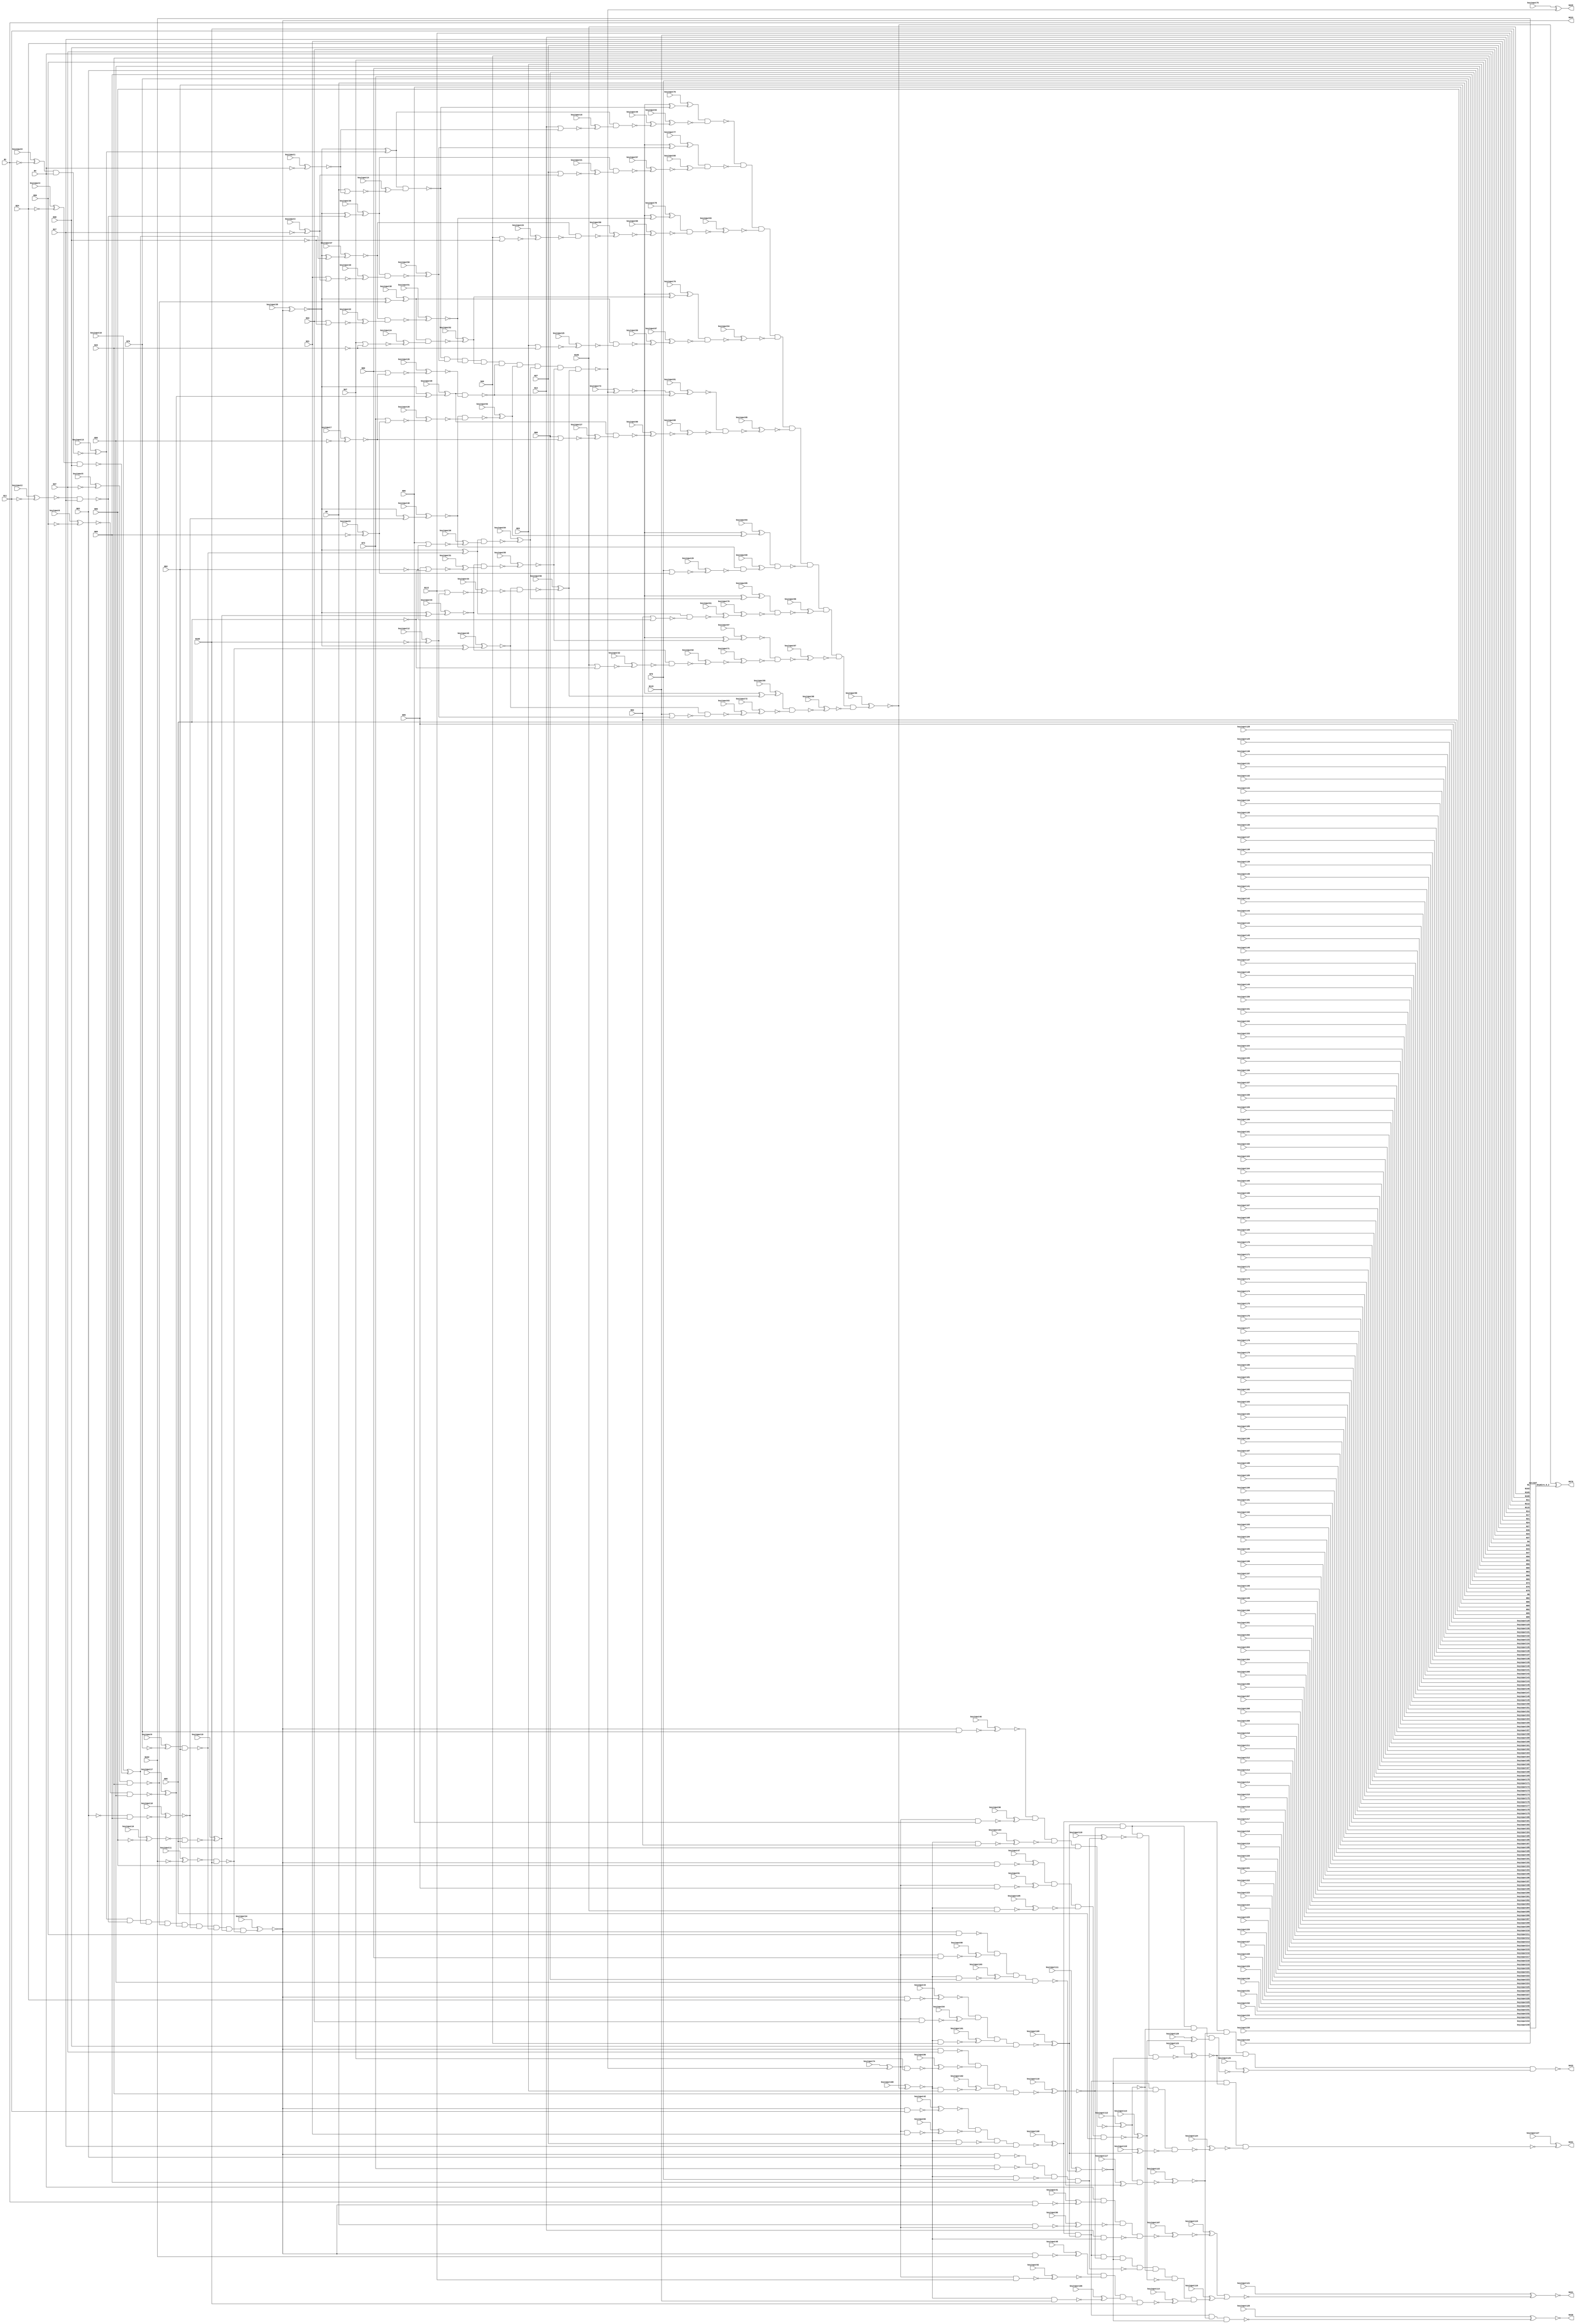
`timescale 1ns / 1ps
// Verilog
// c432
// Ninputs 36
// Noutputs 7
// NtotalGates 160
// NOT1 40
// NAND2 64
// NOR2 19
// AND9 3
// XOR2 18
// NAND4 14
// AND8 1
// NAND3 1

module top (N1,N4,N8,N11,N14,N17,N21,N24,N27,N30,
             N34,N37,N40,N43,N47,N50,N53,N56,N60,N63,
             N66,N69,N73,N76,N79,N82,N86,N89,N92,N95,
             N99,N102,N105,N108,N112,N115,N223,N329,N370,N421,
                  N430,N431,N432,
        keyinput0, keyinput1, keyinput2, keyinput3, keyinput4,
        keyinput5, keyinput6, keyinput7, keyinput8, keyinput9,
        keyinput10, keyinput11, keyinput12, keyinput13, keyinput14,
        keyinput15, keyinput16, keyinput17, keyinput18, keyinput19,
        keyinput20, keyinput21, keyinput22, keyinput23, keyinput24,
        keyinput25, keyinput26, keyinput27, keyinput28, keyinput29,
        keyinput30, keyinput31, keyinput32, keyinput33, keyinput34,
        keyinput35, keyinput36, keyinput37, keyinput38, keyinput39,
        keyinput40, keyinput41, keyinput42, keyinput43, keyinput44,
        keyinput45, keyinput46, keyinput47, keyinput48, keyinput49,
        keyinput50, keyinput51, keyinput52, keyinput53, keyinput54,
        keyinput55, keyinput56, keyinput57, keyinput58, keyinput59,
        keyinput60, keyinput61, keyinput62, keyinput63, keyinput64,
        keyinput65, keyinput66, keyinput67, keyinput68, keyinput69,
        keyinput70, keyinput71, keyinput72, keyinput73, keyinput74,
        keyinput75, keyinput76, keyinput77, keyinput78, keyinput79,
        keyinput80, keyinput81, keyinput82, keyinput83, keyinput84,
        keyinput85, keyinput86, keyinput87, keyinput88, keyinput89,
        keyinput90, keyinput91, keyinput92, keyinput93, keyinput94,
        keyinput95, keyinput96, keyinput97, keyinput98, keyinput99,
        keyinput100, keyinput101, keyinput102, keyinput103, keyinput104,
        keyinput105, keyinput106, keyinput107, keyinput108, keyinput109,
        keyinput110, keyinput111, keyinput112, keyinput113, keyinput114,
        keyinput115, keyinput116, keyinput117, keyinput118, keyinput119,
        keyinput120, keyinput121, keyinput122, keyinput123, keyinput124,
                  keyinput125, keyinput126, keyinput127,
        keyinput128, keyinput129, keyinput130, keyinput131, keyinput132,
        keyinput133, keyinput134, keyinput135, keyinput136, keyinput137,
        keyinput138, keyinput139, keyinput140, keyinput141, keyinput142,
        keyinput143, keyinput144, keyinput145, keyinput146, keyinput147,
        keyinput148, keyinput149, keyinput150, keyinput151, keyinput152,
        keyinput153, keyinput154, keyinput155, keyinput156, keyinput157,
        keyinput158, keyinput159, keyinput160, keyinput161, keyinput162,
        keyinput163, keyinput164, keyinput165, keyinput166, keyinput167,
        keyinput168, keyinput169, keyinput170, keyinput171, keyinput172,
        keyinput173, keyinput174, keyinput175, keyinput176, keyinput177,
        keyinput178, keyinput179, keyinput180, keyinput181, keyinput182,
        keyinput183, keyinput184, keyinput185, keyinput186, keyinput187,
        keyinput188, keyinput189, keyinput190, keyinput191, keyinput192,
        keyinput193, keyinput194, keyinput195, keyinput196, keyinput197,
                  keyinput198, keyinput199,
        keyinput200, keyinput201, keyinput202, keyinput203, keyinput204,
        keyinput205, keyinput206, keyinput207, keyinput208, keyinput209,
        keyinput210, keyinput211, keyinput212, keyinput213, keyinput214,
        keyinput215, keyinput216, keyinput217, keyinput218, keyinput219,
        keyinput220, keyinput221, keyinput222, keyinput223, keyinput224,
        keyinput225, keyinput226, keyinput227, keyinput228, keyinput229,
        keyinput230, keyinput231, keyinput232, keyinput233, keyinput234,
        keyinput235);

  input keyinput200, keyinput201, keyinput202, keyinput203, keyinput204;
  input keyinput205, keyinput206, keyinput207, keyinput208, keyinput209;
  input keyinput210, keyinput211, keyinput212, keyinput213, keyinput214;
  input keyinput215, keyinput216, keyinput217, keyinput218, keyinput219;
  input keyinput220, keyinput221, keyinput222, keyinput223, keyinput224;
  input keyinput225, keyinput226, keyinput227, keyinput228, keyinput229;
  input keyinput230, keyinput231, keyinput232, keyinput233, keyinput234;
  input keyinput235;


  input keyinput128, keyinput129, keyinput130, keyinput131, keyinput132;
  input keyinput133, keyinput134, keyinput135, keyinput136, keyinput137;
  input keyinput138, keyinput139, keyinput140, keyinput141, keyinput142;
  input keyinput143, keyinput144, keyinput145, keyinput146, keyinput147;
  input keyinput148, keyinput149, keyinput150, keyinput151, keyinput152;
  input keyinput153, keyinput154, keyinput155, keyinput156, keyinput157;
  input keyinput158, keyinput159, keyinput160, keyinput161, keyinput162;
  input keyinput163, keyinput164, keyinput165, keyinput166, keyinput167;
  input keyinput168, keyinput169, keyinput170, keyinput171, keyinput172;
  input keyinput173, keyinput174, keyinput175, keyinput176, keyinput177;
  input keyinput178, keyinput179, keyinput180, keyinput181, keyinput182;
  input keyinput183, keyinput184, keyinput185, keyinput186, keyinput187;
  input keyinput188, keyinput189, keyinput190, keyinput191, keyinput192;
  input keyinput193, keyinput194, keyinput195, keyinput196, keyinput197;
  input keyinput198, keyinput199;

  wire KeyWire_0_1 , KeyWire_0_2;

  input keyinput0, keyinput1, keyinput2, keyinput3, keyinput4;
  input keyinput5, keyinput6, keyinput7, keyinput8, keyinput9;
  input keyinput10, keyinput11, keyinput12, keyinput13, keyinput14;
  input keyinput15, keyinput16, keyinput17, keyinput18, keyinput19;
  input keyinput20, keyinput21, keyinput22, keyinput23, keyinput24;
  input keyinput25, keyinput26, keyinput27, keyinput28, keyinput29;
  input keyinput30, keyinput31, keyinput32, keyinput33, keyinput34;
  input keyinput35, keyinput36, keyinput37, keyinput38, keyinput39;
  input keyinput40, keyinput41, keyinput42, keyinput43, keyinput44;
  input keyinput45, keyinput46, keyinput47, keyinput48, keyinput49;
  input keyinput50, keyinput51, keyinput52, keyinput53, keyinput54;
  input keyinput55, keyinput56, keyinput57, keyinput58, keyinput59;
  input keyinput60, keyinput61, keyinput62, keyinput63, keyinput64;
  input keyinput65, keyinput66, keyinput67, keyinput68, keyinput69;
  input keyinput70, keyinput71, keyinput72, keyinput73, keyinput74;
  input keyinput75, keyinput76, keyinput77, keyinput78, keyinput79;
  input keyinput80, keyinput81, keyinput82, keyinput83, keyinput84;
  input keyinput85, keyinput86, keyinput87, keyinput88, keyinput89;
  input keyinput90, keyinput91, keyinput92, keyinput93, keyinput94;
  input keyinput95, keyinput96, keyinput97, keyinput98, keyinput99;
  input keyinput100, keyinput101, keyinput102, keyinput103, keyinput104;
  input keyinput105, keyinput106, keyinput107, keyinput108, keyinput109;
  input keyinput110, keyinput111, keyinput112, keyinput113, keyinput114;
  input keyinput115, keyinput116, keyinput117, keyinput118, keyinput119;
  input keyinput120, keyinput121, keyinput122, keyinput123, keyinput124;
  input keyinput125, keyinput126, keyinput127;

  wire [0:127] keyinput_Wire_0;
  wire [0:66] KeyNOTWire_0;

input N1,N4,N8,N11,N14,N17,N21,N24,N27,N30,
      N34,N37,N40,N43,N47,N50,N53,N56,N60,N63,
      N66,N69,N73,N76,N79,N82,N86,N89,N92,N95,
      N99,N102,N105,N108,N112,N115;

output N223,N329,N370,N421,N430,N431,N432;

wire N118,N119,N122,N123,N126,N127,N130,N131,N134,N135,
     N138,N139,N142,N143,N146,N147,N150,N151,N154,N157,
     N158,N159,N162,N165,N168,N171,N174,N177,N180,N183,
     N184,N185,N186,N187,N188,N189,N190,N191,N192,N193,
     N194,N195,N196,N197,N198,N199,N203,N213,N224,N227,
     N230,N233,N236,N239,N242,N243,N246,N247,N250,N251,
     N254,N255,N256,N257,N258,N259,N260,N263,N264,N267,
     N270,N273,N276,N279,N282,N285,N288,N289,N290,N291,
     N292,N293,N294,N295,N296,N300,N301,N302,N303,N304,
     N305,N306,N307,N308,N309,N319,N330,N331,N332,N333,
     N334,N335,N336,N337,N338,N339,N340,N341,N342,N343,
     N344,N345,N346,N347,N348,N349,N350,N351,N352,N353,
     N354,N355,N356,N357,N360,N371,N372,N373,N374,N375,
     N376,N377,N378,N379,N380,N381,N386,N393,N399,N404,
     N407,N411,N414,N415,N416,N417,N418,N419,N420,N422,
     N425,N428,N429;

  not NOT1_1 (keyinput_Wire_0[0], N1);
  xor keyGate_0_0(N118, keyinput0, keyinput_Wire_0[0]);
  not NOT1_2 (keyinput_Wire_0[1], N4);
  xor keyGate_0_1(KeyNOTWire_0[0], keyinput1, keyinput_Wire_0[1]);
  not KeyNOTGate_0_0(N119, KeyNOTWire_0[0]);
  not NOT1_3 (keyinput_Wire_0[2], N11);
  xor keyGate_0_2(KeyNOTWire_0[1], keyinput2, keyinput_Wire_0[2]);
  not KeyNOTGate_0_1(N122, KeyNOTWire_0[1]);
  not NOT1_4 (keyinput_Wire_0[3], N17);
  xnor keyGate_0_3(KeyNOTWire_0[2], keyinput3, keyinput_Wire_0[3]);
  not KeyNOTGate_0_2(N123, KeyNOTWire_0[2]);
  not NOT1_5 (keyinput_Wire_0[4], N24);
  xnor keyGate_0_4(KeyNOTWire_0[3], keyinput4, keyinput_Wire_0[4]);
  not KeyNOTGate_0_3(N126, KeyNOTWire_0[3]);
not NOT1_6 (N127, N30);
  not NOT1_7 (keyinput_Wire_0[5], N37);
  xor keyGate_0_5(N130, keyinput5, keyinput_Wire_0[5]);
not NOT1_8 (N131, N43);
  not NOT1_9 (keyinput_Wire_0[6], N50);
  xor keyGate_0_6(KeyNOTWire_0[4], keyinput6, keyinput_Wire_0[6]);
  not KeyNOTGate_0_4(N134, KeyNOTWire_0[4]);
  not NOT1_10 (keyinput_Wire_0[7], N56);
  xor keyGate_0_7(KeyNOTWire_0[5], keyinput7, keyinput_Wire_0[7]);
  not KeyNOTGate_0_5(N135, KeyNOTWire_0[5]);
not NOT1_11 (N138, N63);
  not NOT1_12 (keyinput_Wire_0[8], N69);
  xnor keyGate_0_8(KeyNOTWire_0[6], keyinput8, keyinput_Wire_0[8]);
  not KeyNOTGate_0_6(N139, KeyNOTWire_0[6]);
  not NOT1_13 (keyinput_Wire_0[9], N76);
  xor keyGate_0_9(N142, keyinput9, keyinput_Wire_0[9]);
not NOT1_14 (N143, N82);
  not NOT1_15 (keyinput_Wire_0[10], N89);
  xnor keyGate_0_10(N146, keyinput10, keyinput_Wire_0[10]);
not NOT1_16 (N147, N95);
  not NOT1_17 (keyinput_Wire_0[11], N102);
  xnor keyGate_0_11(N150, keyinput11, keyinput_Wire_0[11]);
  not NOT1_18 (keyinput_Wire_0[12], N108);
  xor keyGate_0_12(N151, keyinput12, keyinput_Wire_0[12]);
  nand NAND2_19 (keyinput_Wire_0[13], N118, N4);
  xor keyGate_0_13(N154, keyinput13, keyinput_Wire_0[13]);
  nor NOR2_20 (keyinput_Wire_0[14], N8, N119);
  xor keyGate_0_14(N157, keyinput14, keyinput_Wire_0[14]);
  nor NOR2_21 (keyinput_Wire_0[15], N14, N119);
  xnor keyGate_0_15(KeyNOTWire_0[7], keyinput15, keyinput_Wire_0[15]);
  not KeyNOTGate_0_7(N158, KeyNOTWire_0[7]);
nand NAND2_22 (N159, N122, N17);
  nand NAND2_23 (keyinput_Wire_0[16], N126, N30);
  xnor keyGate_0_16(KeyNOTWire_0[8], keyinput16, keyinput_Wire_0[16]);
  not KeyNOTGate_0_8(N162, KeyNOTWire_0[8]);
nand NAND2_24 (N165, N130, N43);
  nand NAND2_25 (keyinput_Wire_0[17], N134, N56);
  xor keyGate_0_17(N168, keyinput17, keyinput_Wire_0[17]);
  nand NAND2_26 (keyinput_Wire_0[18], N138, N69);
  xor keyGate_0_18(KeyNOTWire_0[9], keyinput18, keyinput_Wire_0[18]);
  not KeyNOTGate_0_9(N171, KeyNOTWire_0[9]);
nand NAND2_27 (N174, N142, N82);
  nand NAND2_28 (keyinput_Wire_0[19], N146, N95);
  xor keyGate_0_19(N177, keyinput19, keyinput_Wire_0[19]);
nand NAND2_29 (N180, N150, N108);
  nor NOR2_30 (keyinput_Wire_0[20], N21, N123);
  xor keyGate_0_20(N183, keyinput20, keyinput_Wire_0[20]);
  nor NOR2_31 (keyinput_Wire_0[21], N27, N123);
  xnor keyGate_0_21(KeyNOTWire_0[10], keyinput21, keyinput_Wire_0[21]);
  not KeyNOTGate_0_10(N184, KeyNOTWire_0[10]);
  nor NOR2_32 (keyinput_Wire_0[22], N34, N127);
  xor keyGate_0_22(N185, keyinput22, keyinput_Wire_0[22]);
  nor NOR2_33 (keyinput_Wire_0[23], N40, N127);
  xnor keyGate_0_23(N186, keyinput23, keyinput_Wire_0[23]);
  nor NOR2_34 (keyinput_Wire_0[24], N47, N131);
  xor keyGate_0_24(N187, keyinput24, keyinput_Wire_0[24]);
  nor NOR2_35 (keyinput_Wire_0[25], N53, N131);
  xor keyGate_0_25(KeyNOTWire_0[11], keyinput25, keyinput_Wire_0[25]);
  not KeyNOTGate_0_11(N188, KeyNOTWire_0[11]);
  nor NOR2_36 (keyinput_Wire_0[26], N60, N135);
  xor keyGate_0_26(KeyNOTWire_0[12], keyinput26, keyinput_Wire_0[26]);
  not KeyNOTGate_0_12(N189, KeyNOTWire_0[12]);
  nor NOR2_37 (keyinput_Wire_0[27], N66, N135);
  xnor keyGate_0_27(KeyNOTWire_0[13], keyinput27, keyinput_Wire_0[27]);
  not KeyNOTGate_0_13(N190, KeyNOTWire_0[13]);
  nor NOR2_38 (keyinput_Wire_0[28], N73, N139);
  xor keyGate_0_28(KeyNOTWire_0[14], keyinput28, keyinput_Wire_0[28]);
  not KeyNOTGate_0_14(N191, KeyNOTWire_0[14]);
  nor NOR2_39 (keyinput_Wire_0[29], N79, N139);
  xnor keyGate_0_29(N192, keyinput29, keyinput_Wire_0[29]);
  nor NOR2_40 (keyinput_Wire_0[30], N86, N143);
  xnor keyGate_0_30(KeyNOTWire_0[15], keyinput30, keyinput_Wire_0[30]);
  not KeyNOTGate_0_15(N193, KeyNOTWire_0[15]);
nor NOR2_41 (N194, N92, N143);
  nor NOR2_42 (keyinput_Wire_0[31], N99, N147);
  xnor keyGate_0_31(KeyNOTWire_0[16], keyinput31, keyinput_Wire_0[31]);
  not KeyNOTGate_0_16(N195, KeyNOTWire_0[16]);
  nor NOR2_43 (keyinput_Wire_0[32], N105, N147);
  xor keyGate_0_32(KeyNOTWire_0[17], keyinput32, keyinput_Wire_0[32]);
  not KeyNOTGate_0_17(N196, KeyNOTWire_0[17]);
  nor NOR2_44 (keyinput_Wire_0[33], N112, N151);
  xor keyGate_0_33(KeyNOTWire_0[18], keyinput33, keyinput_Wire_0[33]);
  not KeyNOTGate_0_18(N197, KeyNOTWire_0[18]);
nor NOR2_45 (N198, N115, N151);
  and AND9_46 (keyinput_Wire_0[34], N154, N159, N162, N165, N168, N171, N174, N177, N180);
  xor keyGate_0_34(N199, keyinput34, keyinput_Wire_0[34]);
  not NOT1_47 (keyinput_Wire_0[35], N199);
  xnor keyGate_0_35(N203, keyinput35, keyinput_Wire_0[35]);
not NOT1_48 (N213, N199);
not NOT1_49 (N223, N199);
xor XOR2_50 (N224, N203, N154);
  xor XOR2_51 (keyinput_Wire_0[36], N203, N159);
  xnor keyGate_0_36(KeyNOTWire_0[19], keyinput36, keyinput_Wire_0[36]);
  not KeyNOTGate_0_19(N227, KeyNOTWire_0[19]);
  xor XOR2_52 (keyinput_Wire_0[37], N203, N162);
  xor keyGate_0_37(KeyNOTWire_0[20], keyinput37, keyinput_Wire_0[37]);
  not KeyNOTGate_0_20(N230, KeyNOTWire_0[20]);
  xor XOR2_53 (keyinput_Wire_0[38], N203, N165);
  xnor keyGate_0_38(KeyNOTWire_0[21], keyinput38, keyinput_Wire_0[38]);
  not KeyNOTGate_0_21(N233, KeyNOTWire_0[21]);
  xor XOR2_54 (keyinput_Wire_0[39], N203, N168);
  xor keyGate_0_39(N236, keyinput39, keyinput_Wire_0[39]);
  xor XOR2_55 (keyinput_Wire_0[40], N203, N171);
  xor keyGate_0_40(KeyNOTWire_0[22], keyinput40, keyinput_Wire_0[40]);
  not KeyNOTGate_0_22(N239, KeyNOTWire_0[22]);
  nand NAND2_56 (keyinput_Wire_0[41], N1, N213);
  xnor keyGate_0_41(KeyNOTWire_0[23], keyinput41, keyinput_Wire_0[41]);
  not KeyNOTGate_0_23(N242, KeyNOTWire_0[23]);
xor XOR2_57 (N243, N203, N174);
  nand NAND2_58 (keyinput_Wire_0[42], N213, N11);
  xor keyGate_0_42(KeyNOTWire_0[24], keyinput42, keyinput_Wire_0[42]);
  not KeyNOTGate_0_24(N246, KeyNOTWire_0[24]);
  xor XOR2_59 (keyinput_Wire_0[43], N203, N177);
  xor keyGate_0_43(KeyNOTWire_0[25], keyinput43, keyinput_Wire_0[43]);
  not KeyNOTGate_0_25(N247, KeyNOTWire_0[25]);
  nand NAND2_60 (keyinput_Wire_0[44], N213, N24);
  xnor keyGate_0_44(N250, keyinput44, keyinput_Wire_0[44]);
  xor XOR2_61 (keyinput_Wire_0[45], N203, N180);
  xnor keyGate_0_45(N251, keyinput45, keyinput_Wire_0[45]);
nand NAND2_62 (N254, N213, N37);
nand NAND2_63 (N255, N213, N50);
nand NAND2_64 (N256, N213, N63);
  nand NAND2_65 (keyinput_Wire_0[46], N213, N76);
  xor keyGate_0_46(KeyNOTWire_0[26], keyinput46, keyinput_Wire_0[46]);
  not KeyNOTGate_0_26(N257, KeyNOTWire_0[26]);
  nand NAND2_66 (keyinput_Wire_0[47], N213, N89);
  xor keyGate_0_47(N258, keyinput47, keyinput_Wire_0[47]);
  nand NAND2_67 (keyinput_Wire_0[48], N213, N102);
  xor keyGate_0_48(N259, keyinput48, keyinput_Wire_0[48]);
nand NAND2_68 (N260, N224, N157);
  nand NAND2_69 (keyinput_Wire_0[49], N224, N158);
  xnor keyGate_0_49(N263, keyinput49, keyinput_Wire_0[49]);
  nand NAND2_70 (keyinput_Wire_0[50], N227, N183);
  xnor keyGate_0_50(KeyNOTWire_0[27], keyinput50, keyinput_Wire_0[50]);
  not KeyNOTGate_0_27(N264, KeyNOTWire_0[27]);
  nand NAND2_71 (keyinput_Wire_0[51], N230, N185);
  xnor keyGate_0_51(N267, keyinput51, keyinput_Wire_0[51]);
  nand NAND2_72 (keyinput_Wire_0[52], N233, N187);
  xnor keyGate_0_52(KeyNOTWire_0[28], keyinput52, keyinput_Wire_0[52]);
  not KeyNOTGate_0_28(N270, KeyNOTWire_0[28]);
nand NAND2_73 (N273, N236, N189);
  nand NAND2_74 (keyinput_Wire_0[53], N239, N191);
  xnor keyGate_0_53(KeyNOTWire_0[29], keyinput53, keyinput_Wire_0[53]);
  not KeyNOTGate_0_29(N276, KeyNOTWire_0[29]);
  nand NAND2_75 (keyinput_Wire_0[54], N243, N193);
  xnor keyGate_0_54(KeyNOTWire_0[30], keyinput54, keyinput_Wire_0[54]);
  not KeyNOTGate_0_30(N279, KeyNOTWire_0[30]);
  nand NAND2_76 (keyinput_Wire_0[55], N247, N195);
  xnor keyGate_0_55(N282, keyinput55, keyinput_Wire_0[55]);
  nand NAND2_77 (keyinput_Wire_0[56], N251, N197);
  xor keyGate_0_56(N285, keyinput56, keyinput_Wire_0[56]);
  nand NAND2_78 (keyinput_Wire_0[57], N227, N184);
  xor keyGate_0_57(N288, keyinput57, keyinput_Wire_0[57]);
  nand NAND2_79 (keyinput_Wire_0[58], N230, N186);
  xor keyGate_0_58(N289, keyinput58, keyinput_Wire_0[58]);
  nand NAND2_80 (keyinput_Wire_0[59], N233, N188);
  xnor keyGate_0_59(N290, keyinput59, keyinput_Wire_0[59]);
  nand NAND2_81 (keyinput_Wire_0[60], N236, N190);
  xor keyGate_0_60(N291, keyinput60, keyinput_Wire_0[60]);
nand NAND2_82 (N292, N239, N192);
  nand NAND2_83 (keyinput_Wire_0[61], N243, N194);
  xor keyGate_0_61(KeyNOTWire_0[31], keyinput61, keyinput_Wire_0[61]);
  not KeyNOTGate_0_31(N293, KeyNOTWire_0[31]);
  nand NAND2_84 (keyinput_Wire_0[62], N247, N196);
  xnor keyGate_0_62(KeyNOTWire_0[32], keyinput62, keyinput_Wire_0[62]);
  not KeyNOTGate_0_32(N294, KeyNOTWire_0[32]);
  nand NAND2_85 (keyinput_Wire_0[63], N251, N198);
  xor keyGate_0_63(KeyNOTWire_0[33], keyinput63, keyinput_Wire_0[63]);
  not KeyNOTGate_0_33(N295, KeyNOTWire_0[33]);
and AND9_86 (N296, N260, N264, N267, N270, N273, N276, N279, N282, N285);
  not NOT1_87 (keyinput_Wire_0[64], N263);
  xor keyGate_0_64(KeyNOTWire_0[34], keyinput64, keyinput_Wire_0[64]);
  not KeyNOTGate_0_34(N300, KeyNOTWire_0[34]);
  not NOT1_88 (keyinput_Wire_0[65], N288);
  xor keyGate_0_65(N301, keyinput65, keyinput_Wire_0[65]);
  not NOT1_89 (keyinput_Wire_0[66], N289);
  xor keyGate_0_66(KeyNOTWire_0[35], keyinput66, keyinput_Wire_0[66]);
  not KeyNOTGate_0_35(N302, KeyNOTWire_0[35]);
  not NOT1_90 (keyinput_Wire_0[67], N290);
  xor keyGate_0_67(KeyNOTWire_0[36], keyinput67, keyinput_Wire_0[67]);
  not KeyNOTGate_0_36(N303, KeyNOTWire_0[36]);
  not NOT1_91 (keyinput_Wire_0[68], N291);
  xnor keyGate_0_68(N304, keyinput68, keyinput_Wire_0[68]);
  not NOT1_92 (keyinput_Wire_0[69], N292);
  xor keyGate_0_69(N305, keyinput69, keyinput_Wire_0[69]);
  not NOT1_93 (keyinput_Wire_0[70], N293);
  xor keyGate_0_70(KeyNOTWire_0[37], keyinput70, keyinput_Wire_0[70]);
  not KeyNOTGate_0_37(N306, KeyNOTWire_0[37]);
  not NOT1_94 (keyinput_Wire_0[71], N294);
  xnor keyGate_0_71(N307, keyinput71, keyinput_Wire_0[71]);
  not NOT1_95 (keyinput_Wire_0[72], N295);
  xor keyGate_0_72(KeyNOTWire_0[38], keyinput72, keyinput_Wire_0[72]);
  not KeyNOTGate_0_38(N308, KeyNOTWire_0[38]);
  not NOT1_96 (keyinput_Wire_0[73], N296);
  xnor keyGate_0_73(N309, keyinput73, keyinput_Wire_0[73]);
  not NOT1_97 (keyinput_Wire_0[74], N296);
  xor keyGate_0_74(N319, keyinput74, keyinput_Wire_0[74]);
  not NOT1_98 (keyinput_Wire_0[75], N296);
  xor keyGate_0_75(N329, keyinput75, keyinput_Wire_0[75]);
  xor XOR2_99 (keyinput_Wire_0[76], N309, N260);
  xnor keyGate_0_76(KeyNOTWire_0[39], keyinput76, keyinput_Wire_0[76]);
  not KeyNOTGate_0_39(N330, KeyNOTWire_0[39]);
  xor XOR2_100 (keyinput_Wire_0[77], N309, N264);
  xor keyGate_0_77(N331, keyinput77, keyinput_Wire_0[77]);
  xor XOR2_101 (keyinput_Wire_0[78], N309, N267);
  xor keyGate_0_78(N332, keyinput78, keyinput_Wire_0[78]);
  xor XOR2_102 (keyinput_Wire_0[79], N309, N270);
  xnor keyGate_0_79(KeyNOTWire_0[40], keyinput79, keyinput_Wire_0[79]);
  not KeyNOTGate_0_40(N333, KeyNOTWire_0[40]);
  nand NAND2_103 (keyinput_Wire_0[80], N8, N319);
  xnor keyGate_0_80(N334, keyinput80, keyinput_Wire_0[80]);
  xor XOR2_104 (keyinput_Wire_0[81], N309, N273);
  xor keyGate_0_81(KeyNOTWire_0[41], keyinput81, keyinput_Wire_0[81]);
  not KeyNOTGate_0_41(N335, KeyNOTWire_0[41]);
  nand NAND2_105 (keyinput_Wire_0[82], N319, N21);
  xor keyGate_0_82(KeyNOTWire_0[42], keyinput82, keyinput_Wire_0[82]);
  not KeyNOTGate_0_42(N336, KeyNOTWire_0[42]);
  xor XOR2_106 (keyinput_Wire_0[83], N309, N276);
  xor keyGate_0_83(N337, keyinput83, keyinput_Wire_0[83]);
  nand NAND2_107 (keyinput_Wire_0[84], N319, N34);
  xnor keyGate_0_84(KeyNOTWire_0[43], keyinput84, keyinput_Wire_0[84]);
  not KeyNOTGate_0_43(N338, KeyNOTWire_0[43]);
  xor XOR2_108 (keyinput_Wire_0[85], N309, N279);
  xor keyGate_0_85(N339, keyinput85, keyinput_Wire_0[85]);
  nand NAND2_109 (keyinput_Wire_0[86], N319, N47);
  xnor keyGate_0_86(N340, keyinput86, keyinput_Wire_0[86]);
  xor XOR2_110 (keyinput_Wire_0[87], N309, N282);
  xnor keyGate_0_87(N341, keyinput87, keyinput_Wire_0[87]);
  nand NAND2_111 (keyinput_Wire_0[88], N319, N60);
  xnor keyGate_0_88(KeyNOTWire_0[44], keyinput88, keyinput_Wire_0[88]);
  not KeyNOTGate_0_44(N342, KeyNOTWire_0[44]);
  xor XOR2_112 (keyinput_Wire_0[89], N309, N285);
  xnor keyGate_0_89(KeyNOTWire_0[45], keyinput89, keyinput_Wire_0[89]);
  not KeyNOTGate_0_45(N343, KeyNOTWire_0[45]);
nand NAND2_113 (N344, N319, N73);
  nand NAND2_114 (keyinput_Wire_0[90], N319, N86);
  xnor keyGate_0_90(KeyNOTWire_0[46], keyinput90, keyinput_Wire_0[90]);
  not KeyNOTGate_0_46(N345, KeyNOTWire_0[46]);
  nand NAND2_115 (keyinput_Wire_0[91], N319, N99);
  xnor keyGate_0_91(KeyNOTWire_0[47], keyinput91, keyinput_Wire_0[91]);
  not KeyNOTGate_0_47(N346, KeyNOTWire_0[47]);
  nand NAND2_116 (keyinput_Wire_0[92], N319, N112);
  xor keyGate_0_92(KeyNOTWire_0[48], keyinput92, keyinput_Wire_0[92]);
  not KeyNOTGate_0_48(N347, KeyNOTWire_0[48]);
nand NAND2_117 (N348, N330, N300);
nand NAND2_118 (N349, N331, N301);
  nand NAND2_119 (keyinput_Wire_0[93], N332, N302);
  xor keyGate_0_93(KeyNOTWire_0[49], keyinput93, keyinput_Wire_0[93]);
  not KeyNOTGate_0_49(N350, KeyNOTWire_0[49]);
  nand NAND2_120 (keyinput_Wire_0[94], N333, N303);
  xnor keyGate_0_94(N351, keyinput94, keyinput_Wire_0[94]);
  nand NAND2_121 (keyinput_Wire_0[95], N335, N304);
  xnor keyGate_0_95(N352, keyinput95, keyinput_Wire_0[95]);
nand NAND2_122 (N353, N337, N305);
  nand NAND2_123 (keyinput_Wire_0[96], N339, N306);
  xor keyGate_0_96(N354, keyinput96, keyinput_Wire_0[96]);
  nand NAND2_124 (keyinput_Wire_0[97], N341, N307);
  xor keyGate_0_97(KeyNOTWire_0[50], keyinput97, keyinput_Wire_0[97]);
  not KeyNOTGate_0_50(N355, KeyNOTWire_0[50]);
  nand NAND2_125 (keyinput_Wire_0[98], N343, N308);
  xor keyGate_0_98(KeyNOTWire_0[51], keyinput98, keyinput_Wire_0[98]);
  not KeyNOTGate_0_51(N356, KeyNOTWire_0[51]);
  and AND9_126 (keyinput_Wire_0[99], N348, N349, N350, N351, N352, N353, N354, N355, N356);
  xor keyGate_0_99(N357, keyinput99, keyinput_Wire_0[99]);
  not NOT1_127 (keyinput_Wire_0[100], N357);
  xnor keyGate_0_100(N360, keyinput100, keyinput_Wire_0[100]);
not NOT1_128 (KeyWire_0_1, N357);
  xor flip_it (N370, KeyWire_0_1, KeyWire_0_2 );
nand NAND2_129 (N371, N14, N360);
nand NAND2_130 (N372, N360, N27);
  nand NAND2_131 (keyinput_Wire_0[101], N360, N40);
  xnor keyGate_0_101(KeyNOTWire_0[52], keyinput101, keyinput_Wire_0[101]);
  not KeyNOTGate_0_52(N373, KeyNOTWire_0[52]);
  nand NAND2_132 (keyinput_Wire_0[102], N360, N53);
  xnor keyGate_0_102(KeyNOTWire_0[53], keyinput102, keyinput_Wire_0[102]);
  not KeyNOTGate_0_53(N374, KeyNOTWire_0[53]);
  nand NAND2_133 (keyinput_Wire_0[103], N360, N66);
  xor keyGate_0_103(N375, keyinput103, keyinput_Wire_0[103]);
nand NAND2_134 (N376, N360, N79);
  nand NAND2_135 (keyinput_Wire_0[104], N360, N92);
  xnor keyGate_0_104(N377, keyinput104, keyinput_Wire_0[104]);
  nand NAND2_136 (keyinput_Wire_0[105], N360, N105);
  xnor keyGate_0_105(N378, keyinput105, keyinput_Wire_0[105]);
  nand NAND2_137 (keyinput_Wire_0[106], N360, N115);
  xor keyGate_0_106(N379, keyinput106, keyinput_Wire_0[106]);
  nand NAND4_138 (keyinput_Wire_0[107], N4, N242, N334, N371);
  xnor keyGate_0_107(KeyNOTWire_0[54], keyinput107, keyinput_Wire_0[107]);
  not KeyNOTGate_0_54(N380, KeyNOTWire_0[54]);
  nand NAND4_139 (keyinput_Wire_0[108], N246, N336, N372, N17);
  xnor keyGate_0_108(KeyNOTWire_0[55], keyinput108, keyinput_Wire_0[108]);
  not KeyNOTGate_0_55(N381, KeyNOTWire_0[55]);
  nand NAND4_140 (keyinput_Wire_0[109], N250, N338, N373, N30);
  xnor keyGate_0_109(KeyNOTWire_0[56], keyinput109, keyinput_Wire_0[109]);
  not KeyNOTGate_0_56(N386, KeyNOTWire_0[56]);
  nand NAND4_141 (keyinput_Wire_0[110], N254, N340, N374, N43);
  xnor keyGate_0_110(N393, keyinput110, keyinput_Wire_0[110]);
  nand NAND4_142 (keyinput_Wire_0[111], N255, N342, N375, N56);
  xnor keyGate_0_111(N399, keyinput111, keyinput_Wire_0[111]);
nand NAND4_143 (N404, N256, N344, N376, N69);
  nand NAND4_144 (keyinput_Wire_0[112], N257, N345, N377, N82);
  xor keyGate_0_112(KeyNOTWire_0[57], keyinput112, keyinput_Wire_0[112]);
  not KeyNOTGate_0_57(N407, KeyNOTWire_0[57]);
  nand NAND4_145 (keyinput_Wire_0[113], N258, N346, N378, N95);
  xor keyGate_0_113(KeyNOTWire_0[58], keyinput113, keyinput_Wire_0[113]);
  not KeyNOTGate_0_58(N411, KeyNOTWire_0[58]);
  nand NAND4_146 (keyinput_Wire_0[114], N259, N347, N379, N108);
  xor keyGate_0_114(N414, keyinput114, keyinput_Wire_0[114]);
  not NOT1_147 (keyinput_Wire_0[115], N380);
  xor keyGate_0_115(N415, keyinput115, keyinput_Wire_0[115]);
  and AND8_148 (keyinput_Wire_0[116], N381, N386, N393, N399, N404, N407, N411, N414);
  xnor keyGate_0_116(KeyNOTWire_0[59], keyinput116, keyinput_Wire_0[116]);
  not KeyNOTGate_0_59(N416, KeyNOTWire_0[59]);
  not NOT1_149 (keyinput_Wire_0[117], N393);
  xnor keyGate_0_117(KeyNOTWire_0[60], keyinput117, keyinput_Wire_0[117]);
  not KeyNOTGate_0_60(N417, KeyNOTWire_0[60]);
  not NOT1_150 (keyinput_Wire_0[118], N404);
  xor keyGate_0_118(KeyNOTWire_0[61], keyinput118, keyinput_Wire_0[118]);
  not KeyNOTGate_0_61(N418, KeyNOTWire_0[61]);
  not NOT1_151 (keyinput_Wire_0[119], N407);
  xnor keyGate_0_119(N419, keyinput119, keyinput_Wire_0[119]);
  not NOT1_152 (keyinput_Wire_0[120], N411);
  xnor keyGate_0_120(KeyNOTWire_0[62], keyinput120, keyinput_Wire_0[120]);
  not KeyNOTGate_0_62(N420, KeyNOTWire_0[62]);
  nor NOR2_153 (keyinput_Wire_0[121], N415, N416);
  xor keyGate_0_121(KeyNOTWire_0[63], keyinput121, keyinput_Wire_0[121]);
  not KeyNOTGate_0_63(N421, KeyNOTWire_0[63]);
  nand NAND2_154 (keyinput_Wire_0[122], N386, N417);
  xnor keyGate_0_122(N422, keyinput122, keyinput_Wire_0[122]);
  nand NAND4_155 (keyinput_Wire_0[123], N386, N393, N418, N399);
  xnor keyGate_0_123(N425, keyinput123, keyinput_Wire_0[123]);
  nand NAND3_156 (keyinput_Wire_0[124], N399, N393, N419);
  xor keyGate_0_124(KeyNOTWire_0[64], keyinput124, keyinput_Wire_0[124]);
  not KeyNOTGate_0_64(N428, KeyNOTWire_0[64]);
  nand NAND4_157 (keyinput_Wire_0[125], N386, N393, N407, N420);
  xor keyGate_0_125(N429, keyinput125, keyinput_Wire_0[125]);
  nand NAND4_158 (keyinput_Wire_0[126], N381, N386, N422, N399);
  xor keyGate_0_126(KeyNOTWire_0[65], keyinput126, keyinput_Wire_0[126]);
  not KeyNOTGate_0_65(N430, KeyNOTWire_0[65]);
  nand NAND4_159 (keyinput_Wire_0[127], N381, N386, N425, N428);
  xnor keyGate_0_127(KeyNOTWire_0[66], keyinput127, keyinput_Wire_0[127]);
  not KeyNOTGate_0_66(N431, KeyNOTWire_0[66]);
nand NAND4_160 (N432, N381, N422, N425, N429);

AntiSAT some_name( KeyWire_0_2, N17, N105, N4, N11, N63, N69, N79, N47, N73, N50, N24, N108, N92, N86, N82, N34, N43, N40, N21, N99, N89, N30, N115, N56, N27, N66, N60, N102, N112, N95, N8, N1, N53, N37, N14, N76, keyinput128, keyinput129, keyinput130, keyinput131, keyinput132, keyinput133, keyinput134, keyinput135, keyinput136, keyinput137, keyinput138, keyinput139, keyinput140, keyinput141, keyinput142, keyinput143, keyinput144, keyinput145, keyinput146, keyinput147, keyinput148, keyinput149, keyinput150, keyinput151, keyinput152, keyinput153, keyinput154, keyinput155, keyinput156, keyinput157, keyinput158, keyinput159, keyinput160, keyinput161, keyinput162, keyinput163, keyinput164, keyinput165, keyinput166, keyinput167, keyinput168, keyinput169, keyinput170, keyinput171, keyinput172, keyinput173, keyinput174, keyinput175, keyinput176, keyinput177, keyinput178, keyinput179, keyinput180, keyinput181, keyinput182, keyinput183, keyinput184, keyinput185, keyinput186, keyinput187, keyinput188, keyinput189, keyinput190, keyinput191, keyinput192, keyinput193, keyinput194, keyinput195, keyinput196, keyinput197, keyinput198, keyinput199,
       keyinput200, keyinput201, keyinput202, keyinput203, keyinput204,
       keyinput205, keyinput206, keyinput207, keyinput208, keyinput209,
       keyinput210, keyinput211, keyinput212, keyinput213, keyinput214,
       keyinput215, keyinput216, keyinput217, keyinput218, keyinput219,
       keyinput220, keyinput221, keyinput222, keyinput223, keyinput224,
       keyinput225, keyinput226, keyinput227, keyinput228, keyinput229,
       keyinput230, keyinput231, keyinput232, keyinput233, keyinput234,
       keyinput235);

endmodule

/*************************************************************************/

module AntiSAT (KeyWire_0_2, N17, N105, N4, N11, N63, N69, N79, N47, N73, N50, N24, N108, N92, N86, N82, N34, N43, N40, N21, N99, N89, N30, N115, N56, N27, N66, N60, N102, N112, N95, N8, N1, N53, N37, N14, N76, keyinput128, keyinput129, keyinput130, keyinput131, keyinput132, keyinput133, keyinput134, keyinput135, keyinput136, keyinput137, keyinput138, keyinput139, keyinput140, keyinput141, keyinput142, keyinput143, keyinput144, keyinput145, keyinput146, keyinput147, keyinput148, keyinput149, keyinput150, keyinput151, keyinput152, keyinput153, keyinput154, keyinput155, keyinput156, keyinput157, keyinput158, keyinput159, keyinput160, keyinput161, keyinput162, keyinput163, keyinput164, keyinput165, keyinput166, keyinput167, keyinput168, keyinput169, keyinput170, keyinput171, keyinput172, keyinput173, keyinput174, keyinput175, keyinput176, keyinput177, keyinput178, keyinput179, keyinput180, keyinput181, keyinput182, keyinput183, keyinput184, keyinput185, keyinput186, keyinput187, keyinput188, keyinput189, keyinput190, keyinput191, keyinput192, keyinput193, keyinput194, keyinput195, keyinput196, keyinput197, keyinput198, keyinput199 ,
        keyinput200, keyinput201, keyinput202, keyinput203, keyinput204,
        keyinput205, keyinput206, keyinput207, keyinput208, keyinput209,
        keyinput210, keyinput211, keyinput212, keyinput213, keyinput214,
        keyinput215, keyinput216, keyinput217, keyinput218, keyinput219,
        keyinput220, keyinput221, keyinput222, keyinput223, keyinput224,
        keyinput225, keyinput226, keyinput227, keyinput228, keyinput229,
        keyinput230, keyinput231, keyinput232, keyinput233, keyinput234,
        keyinput235);

  input keyinput200, keyinput201, keyinput202, keyinput203, keyinput204;
  input keyinput205, keyinput206, keyinput207, keyinput208, keyinput209;
  input keyinput210, keyinput211, keyinput212, keyinput213, keyinput214;
  input keyinput215, keyinput216, keyinput217, keyinput218, keyinput219;
  input keyinput220, keyinput221, keyinput222, keyinput223, keyinput224;
  input keyinput225, keyinput226, keyinput227, keyinput228, keyinput229;
  input keyinput230, keyinput231, keyinput232, keyinput233, keyinput234;
  input keyinput235;

  wire [0:35] keyNTin_Wire_1;
  wire [0:13] KeyNOTWire_1;

  input N17, N105, N4, N11, N63, N69, N79, N47, N73, N50, N24, N108, N92, N86, N82, N34, N43, N40, N21, N99, N89, N30, N115, N56, N27, N66, N60, N102, N112, N95, N8, N1, N53, N37, N14, N76;
  input keyinput128, keyinput129, keyinput130, keyinput131, keyinput132, keyinput133, keyinput134, keyinput135, keyinput136, keyinput137, keyinput138, keyinput139, keyinput140, keyinput141, keyinput142, keyinput143, keyinput144, keyinput145, keyinput146, keyinput147, keyinput148, keyinput149, keyinput150, keyinput151, keyinput152, keyinput153, keyinput154, keyinput155, keyinput156, keyinput157, keyinput158, keyinput159, keyinput160, keyinput161, keyinput162, keyinput163, keyinput164, keyinput165, keyinput166, keyinput167, keyinput168, keyinput169, keyinput170, keyinput171, keyinput172, keyinput173, keyinput174, keyinput175, keyinput176, keyinput177, keyinput178, keyinput179, keyinput180, keyinput181, keyinput182, keyinput183, keyinput184, keyinput185, keyinput186, keyinput187, keyinput188, keyinput189, keyinput190, keyinput191, keyinput192, keyinput193, keyinput194, keyinput195, keyinput196, keyinput197, keyinput198, keyinput199;
  output KeyWire_0_2;
  wire newWire_0, newWire_1, newWire_2, newWire_3, newWire_4, newWire_5, newWire_6, newWire_7, newWire_8, newWire_9, newWire_10, newWire_11, newWire_12, newWire_13, newWire_14, newWire_15, newWire_16, newWire_17, newWire_18, newWire_19, newWire_20, newWire_21, newWire_22, newWire_23, newWire_24, newWire_25, newWire_26, newWire_27, newWire_28, newWire_29, newWire_30, newWire_31, newWire_32, newWire_33, newWire_34, newWire_35, newWire_36, newWire_37, newWire_38, newWire_39, newWire_40, newWire_41, newWire_42, newWire_43, newWire_44, newWire_45, newWire_46, newWire_47, newWire_48, newWire_49, newWire_50, newWire_51, newWire_52, newWire_53, newWire_54, newWire_55, newWire_56, newWire_57, newWire_58, newWire_59, newWire_60, newWire_61, newWire_62, newWire_63, newWire_64, newWire_65, newWire_66, newWire_67, newWire_68, newWire_69, newWire_70, newWire_71, newWire_72, newWire_73 ;

  xnor KeyGate0 (newWire_0, N17, keyinput128);
  xnor KeyGate1 (keyNTin_Wire_1[0], N105, keyinput129);
  xor keyNTinGate_1_0(newWire_1, keyinput200, keyNTin_Wire_1[0]);
  xor  KeyGate2 (keyNTin_Wire_1[1], N4, keyinput130);
  xor keyNTinGate_1_1(newWire_2, keyinput201, keyNTin_Wire_1[1]);
  xor  KeyGate3 (newWire_3, N11, keyinput131);
  xnor KeyGate4 (keyNTin_Wire_1[2], N63, keyinput132);
  xnor keyNTinGate_1_2(KeyNOTWire_1[0], keyinput202, keyNTin_Wire_1[2]);
  not KeyNOTGate_1_0(newWire_4, KeyNOTWire_1[0]);
  xor  KeyGate5 (newWire_5, N69, keyinput133);
  xnor KeyGate6 (keyNTin_Wire_1[3], N79, keyinput134);
  xnor keyNTinGate_1_3(newWire_6, keyinput203, keyNTin_Wire_1[3]);
  xnor KeyGate7 (newWire_7, N47, keyinput135);
  xor  KeyGate8 (newWire_8, N73, keyinput136);
  xor  KeyGate9 (newWire_9, N50, keyinput137);
  xnor KeyGate10 (newWire_10, N24, keyinput138);
  xor  KeyGate11 (keyNTin_Wire_1[4], N108, keyinput139);
  xnor keyNTinGate_1_4(newWire_11, keyinput204, keyNTin_Wire_1[4]);
  xnor KeyGate12 (keyNTin_Wire_1[5], N92, keyinput140);
  xor keyNTinGate_1_5(newWire_12, keyinput205, keyNTin_Wire_1[5]);
  xnor KeyGate13 (keyNTin_Wire_1[6], N86, keyinput141);
  xnor keyNTinGate_1_6(newWire_13, keyinput206, keyNTin_Wire_1[6]);
  xnor KeyGate14 (newWire_14, N82, keyinput142);
  xnor KeyGate15 (newWire_15, N34, keyinput143);
  xnor KeyGate16 (newWire_16, N43, keyinput144);
  xnor KeyGate17 (keyNTin_Wire_1[7], N40, keyinput145);
  xor keyNTinGate_1_7(newWire_17, keyinput207, keyNTin_Wire_1[7]);
  xnor KeyGate18 (keyNTin_Wire_1[8], N21, keyinput146);
  xor keyNTinGate_1_8(newWire_18, keyinput208, keyNTin_Wire_1[8]);
  xor  KeyGate19 (keyNTin_Wire_1[9], N99, keyinput147);
  xor keyNTinGate_1_9(KeyNOTWire_1[1], keyinput209, keyNTin_Wire_1[9]);
  not KeyNOTGate_1_1(newWire_19, KeyNOTWire_1[1]);
  xor  KeyGate20 (newWire_20, N89, keyinput148);
  xnor KeyGate21 (keyNTin_Wire_1[10], N30, keyinput149);
  xor keyNTinGate_1_10(KeyNOTWire_1[2], keyinput210, keyNTin_Wire_1[10]);
  not KeyNOTGate_1_2(newWire_21, KeyNOTWire_1[2]);
  xnor KeyGate22 (newWire_22, N115, keyinput150);
  xor  KeyGate23 (keyNTin_Wire_1[11], N56, keyinput151);
  xor keyNTinGate_1_11(newWire_23, keyinput211, keyNTin_Wire_1[11]);
  xor  KeyGate24 (keyNTin_Wire_1[12], N27, keyinput152);
  xor keyNTinGate_1_12(newWire_24, keyinput212, keyNTin_Wire_1[12]);
  xor  KeyGate25 (keyNTin_Wire_1[13], N66, keyinput153);
  xnor keyNTinGate_1_13(newWire_25, keyinput213, keyNTin_Wire_1[13]);
  xor  KeyGate26 (newWire_26, N60, keyinput154);
  xnor KeyGate27 (keyNTin_Wire_1[14], N102, keyinput155);
  xnor keyNTinGate_1_14(KeyNOTWire_1[3], keyinput214, keyNTin_Wire_1[14]);
  not KeyNOTGate_1_3(newWire_27, KeyNOTWire_1[3]);
  xnor KeyGate28 (newWire_28, N112, keyinput156);
  xor  KeyGate29 (keyNTin_Wire_1[15], N95, keyinput157);
  xor keyNTinGate_1_15(newWire_29, keyinput215, keyNTin_Wire_1[15]);
  xor  KeyGate30 (keyNTin_Wire_1[16], N8, keyinput158);
  xor keyNTinGate_1_16(newWire_30, keyinput216, keyNTin_Wire_1[16]);
  xnor KeyGate31 (keyNTin_Wire_1[17], N1, keyinput159);
  xnor keyNTinGate_1_17(newWire_31, keyinput217, keyNTin_Wire_1[17]);
  xnor KeyGate32 (newWire_32, N53, keyinput160);
  xor  KeyGate33 (keyNTin_Wire_1[18], N37, keyinput161);
  xnor keyNTinGate_1_18(KeyNOTWire_1[4], keyinput218, keyNTin_Wire_1[18]);
  not KeyNOTGate_1_4(newWire_33, KeyNOTWire_1[4]);
  xor  KeyGate34 (newWire_34, N14, keyinput162);
  xor  KeyGate35 (newWire_35, N76, keyinput163);
  xnor KeyGate36 (newWire_36, N17, keyinput164);
  xnor KeyGate37 (keyNTin_Wire_1[19], N105, keyinput165);
  xnor keyNTinGate_1_19(newWire_37, keyinput219, keyNTin_Wire_1[19]);
  xor  KeyGate38 (newWire_38, N4, keyinput166);
  xnor KeyGate39 (newWire_39, N11, keyinput167);
  xnor KeyGate40 (newWire_40, N63, keyinput168);
  xnor KeyGate41 (keyNTin_Wire_1[20], N69, keyinput169);
  xor keyNTinGate_1_20(KeyNOTWire_1[5], keyinput220, keyNTin_Wire_1[20]);
  not KeyNOTGate_1_5(newWire_41, KeyNOTWire_1[5]);
  xnor KeyGate42 (newWire_42, N79, keyinput170);
  xnor KeyGate43 (newWire_43, N47, keyinput171);
  xnor KeyGate44 (newWire_44, N73, keyinput172);
  xor  KeyGate45 (newWire_45, N50, keyinput173);
  xor  KeyGate46 (keyNTin_Wire_1[21], N24, keyinput174);
  xor keyNTinGate_1_21(newWire_46, keyinput221, keyNTin_Wire_1[21]);
  xnor KeyGate47 (newWire_47, N108, keyinput175);
  xnor KeyGate48 (keyNTin_Wire_1[22], N92, keyinput176);
  xnor keyNTinGate_1_22(newWire_48, keyinput222, keyNTin_Wire_1[22]);
  xor  KeyGate49 (newWire_49, N86, keyinput177);
  xnor KeyGate50 (keyNTin_Wire_1[23], N82, keyinput178);
  xnor keyNTinGate_1_23(KeyNOTWire_1[6], keyinput223, keyNTin_Wire_1[23]);
  not KeyNOTGate_1_6(newWire_50, KeyNOTWire_1[6]);
  xnor KeyGate51 (keyNTin_Wire_1[24], N34, keyinput179);
  xor keyNTinGate_1_24(KeyNOTWire_1[7], keyinput224, keyNTin_Wire_1[24]);
  not KeyNOTGate_1_7(newWire_51, KeyNOTWire_1[7]);
  xnor KeyGate52 (newWire_52, N43, keyinput180);
  xor  KeyGate53 (keyNTin_Wire_1[25], N40, keyinput181);
  xor keyNTinGate_1_25(newWire_53, keyinput225, keyNTin_Wire_1[25]);
  xor  KeyGate54 (newWire_54, N21, keyinput182);
  xnor KeyGate55 (keyNTin_Wire_1[26], N99, keyinput183);
  xor keyNTinGate_1_26(newWire_55, keyinput226, keyNTin_Wire_1[26]);
  xor  KeyGate56 (newWire_56, N89, keyinput184);
  xnor KeyGate57 (keyNTin_Wire_1[27], N30, keyinput185);
  xor keyNTinGate_1_27(KeyNOTWire_1[8], keyinput227, keyNTin_Wire_1[27]);
  not KeyNOTGate_1_8(newWire_57, KeyNOTWire_1[8]);
  xnor KeyGate58 (newWire_58, N115, keyinput186);
  xnor KeyGate59 (newWire_59, N56, keyinput187);
  xnor KeyGate60 (keyNTin_Wire_1[28], N27, keyinput188);
  xor keyNTinGate_1_28(KeyNOTWire_1[9], keyinput228, keyNTin_Wire_1[28]);
  not KeyNOTGate_1_9(newWire_60, KeyNOTWire_1[9]);
  xnor KeyGate61 (newWire_61, N66, keyinput189);
  xnor KeyGate62 (newWire_62, N60, keyinput190);
  xor  KeyGate63 (keyNTin_Wire_1[29], N102, keyinput191);
  xnor keyNTinGate_1_29(KeyNOTWire_1[10], keyinput229, keyNTin_Wire_1[29]);
  not KeyNOTGate_1_10(newWire_63, KeyNOTWire_1[10]);
  xor  KeyGate64 (newWire_64, N112, keyinput192);
  xnor KeyGate65 (keyNTin_Wire_1[30], N95, keyinput193);
  xnor keyNTinGate_1_30(newWire_65, keyinput230, keyNTin_Wire_1[30]);
  xor  KeyGate66 (keyNTin_Wire_1[31], N8, keyinput194);
  xor keyNTinGate_1_31(KeyNOTWire_1[11], keyinput231, keyNTin_Wire_1[31]);
  not KeyNOTGate_1_11(newWire_66, KeyNOTWire_1[11]);
  xnor KeyGate67 (keyNTin_Wire_1[32], N1, keyinput195);
  xnor keyNTinGate_1_32(newWire_67, keyinput232, keyNTin_Wire_1[32]);
  xnor KeyGate68 (keyNTin_Wire_1[33], N53, keyinput196);
  xor keyNTinGate_1_33(KeyNOTWire_1[12], keyinput233, keyNTin_Wire_1[33]);
  not KeyNOTGate_1_12(newWire_68, KeyNOTWire_1[12]);
  xnor KeyGate69 (newWire_69, N37, keyinput197);
  xor  KeyGate70 (newWire_70, N14, keyinput198);
  xnor KeyGate71 (newWire_71, N76, keyinput199);
  and some_function (keyNTin_Wire_1[34], newWire_0, newWire_1, newWire_2, newWire_3, newWire_4, newWire_5, newWire_6, newWire_7, newWire_8, newWire_9, newWire_10, newWire_11, newWire_12, newWire_13, newWire_14, newWire_15, newWire_16, newWire_17, newWire_18, newWire_19, newWire_20, newWire_21, newWire_22, newWire_23, newWire_24, newWire_25, newWire_26, newWire_27, newWire_28, newWire_29, newWire_30, newWire_31, newWire_32, newWire_33, newWire_34, newWire_35 );
  xor keyNTinGate_1_34(KeyNOTWire_1[13], keyinput234, keyNTin_Wire_1[34]);
  not KeyNOTGate_1_13(newWire_72, KeyNOTWire_1[13]);
  nand compl_function (keyNTin_Wire_1[35], newWire_36, newWire_37, newWire_38, newWire_39, newWire_40, newWire_41, newWire_42, newWire_43, newWire_44, newWire_45, newWire_46, newWire_47, newWire_48, newWire_49, newWire_50, newWire_51, newWire_52, newWire_53, newWire_54, newWire_55, newWire_56, newWire_57, newWire_58, newWire_59, newWire_60, newWire_61, newWire_62, newWire_63, newWire_64, newWire_65, newWire_66, newWire_67, newWire_68, newWire_69, newWire_70, newWire_71);
  xnor keyNTinGate_1_35(newWire_73, keyinput235, keyNTin_Wire_1[35]);
  and finalAND (KeyWire_0_2, newWire_72, newWire_73);

endmodule /* AntiSAT */